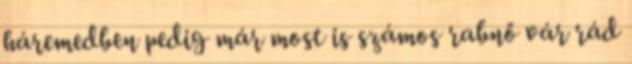
háremedben pedig már most is számos rabnő vár rád